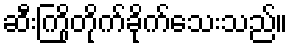
ဆီးကြိုတိုက်ခိုက်သေးသည်။